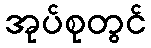
အုပ်စုတွင်